Indian journal of veterinary science and animal husbandry - Volume 8,
Year: 1938
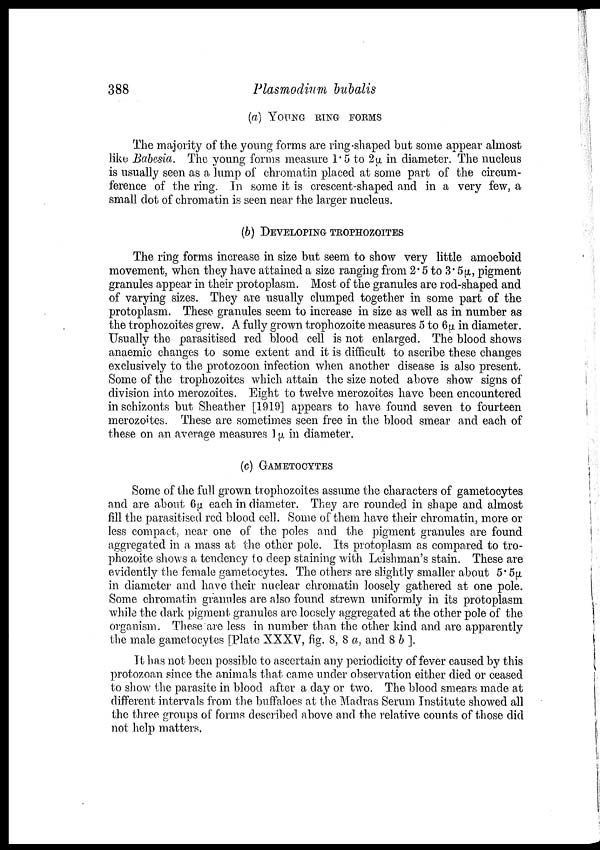
388
Plasmodium bubalis
(a) YOUNG RING FORMS
The majority of the young forms are ring-shaped but some appear almost
like Babesia. The young forms measure 1.5 to 2µ in diameter. The nucleus
is usually seen as a lump of chromatin placed at some part of the circum
ference of the ring. In some it is crescent-shaped and in a very few, a
small dot of chromatin is seen near the larger nucleus.
(b) DEVELOPING TROPHOZOITES
The ring forms increase in size but seem to show very little amoeboid
movement, when they have attained a size ranging from 2.5 to 3.5μ, pigment
granules appear in their protoplasm. Most of the granules are rod-shaped and
of varying sizes. They are usually clumped together in some part of the
protoplasm. These granules seem to increase in size as well as in number as
the trophozoites grew. A fully grown trophozoite measures 5 to 6μ in diameter.
Usually the parasitised red blood cell is not enlarged. The blood shows
anaemic changes to some extent and it is difficult to ascribe these changes
exclusively to the protozoon infection when another disease is also present.
Some of the trophozoites which attain the size noted above show signs of
division into merozoites. Eight to twelve merozoites have been encountered
in schizonts but Sheather [1919] appears to have found seven to fourteen
merozoites. These are sometimes seen free in the blood smear and each of
these on an average measures 1 µ in diameter.
(C) GAMETOCYTES
Some of the full grown trophozoites assume the characters of gametocytes
and are about 6µ each in diameter. They are rounded in shape and almost
fill the parasitised red blood cell. Some of them have their chromatin, more or
less compact, near one of the poles and the pigment granules are found
aggregated in a mass at the other pole. Its protoplasm as compared to tro
phozoite shows a tendency to deep staining with Leishman's stain. These are
evidently the female gametocytes. The others are slightly smaller about 5.5μ
in diameter and have their nuclear chromatin loosely gathered at one pole.
Some chromatin granules are also found strewn uniformly in its protoplasm
while the dark pigment granules are loosely aggregated at the other pole of the
organism. These are less in number than the other kind and are apparently
the male gametocytes [Plate XXXV, fig. 8, 8 a, and 8 b].
It has not been possible to ascertain any periodicity of fever caused by this
protozoan since the animals that came under observation either died or ceased
to show the parasite in blood after a day or two. The blood smears made at
different intervals from the buffaloes at the Madras Serum Institute showed all
the three groups of forms described above and the relative counts of those did
not help matters.